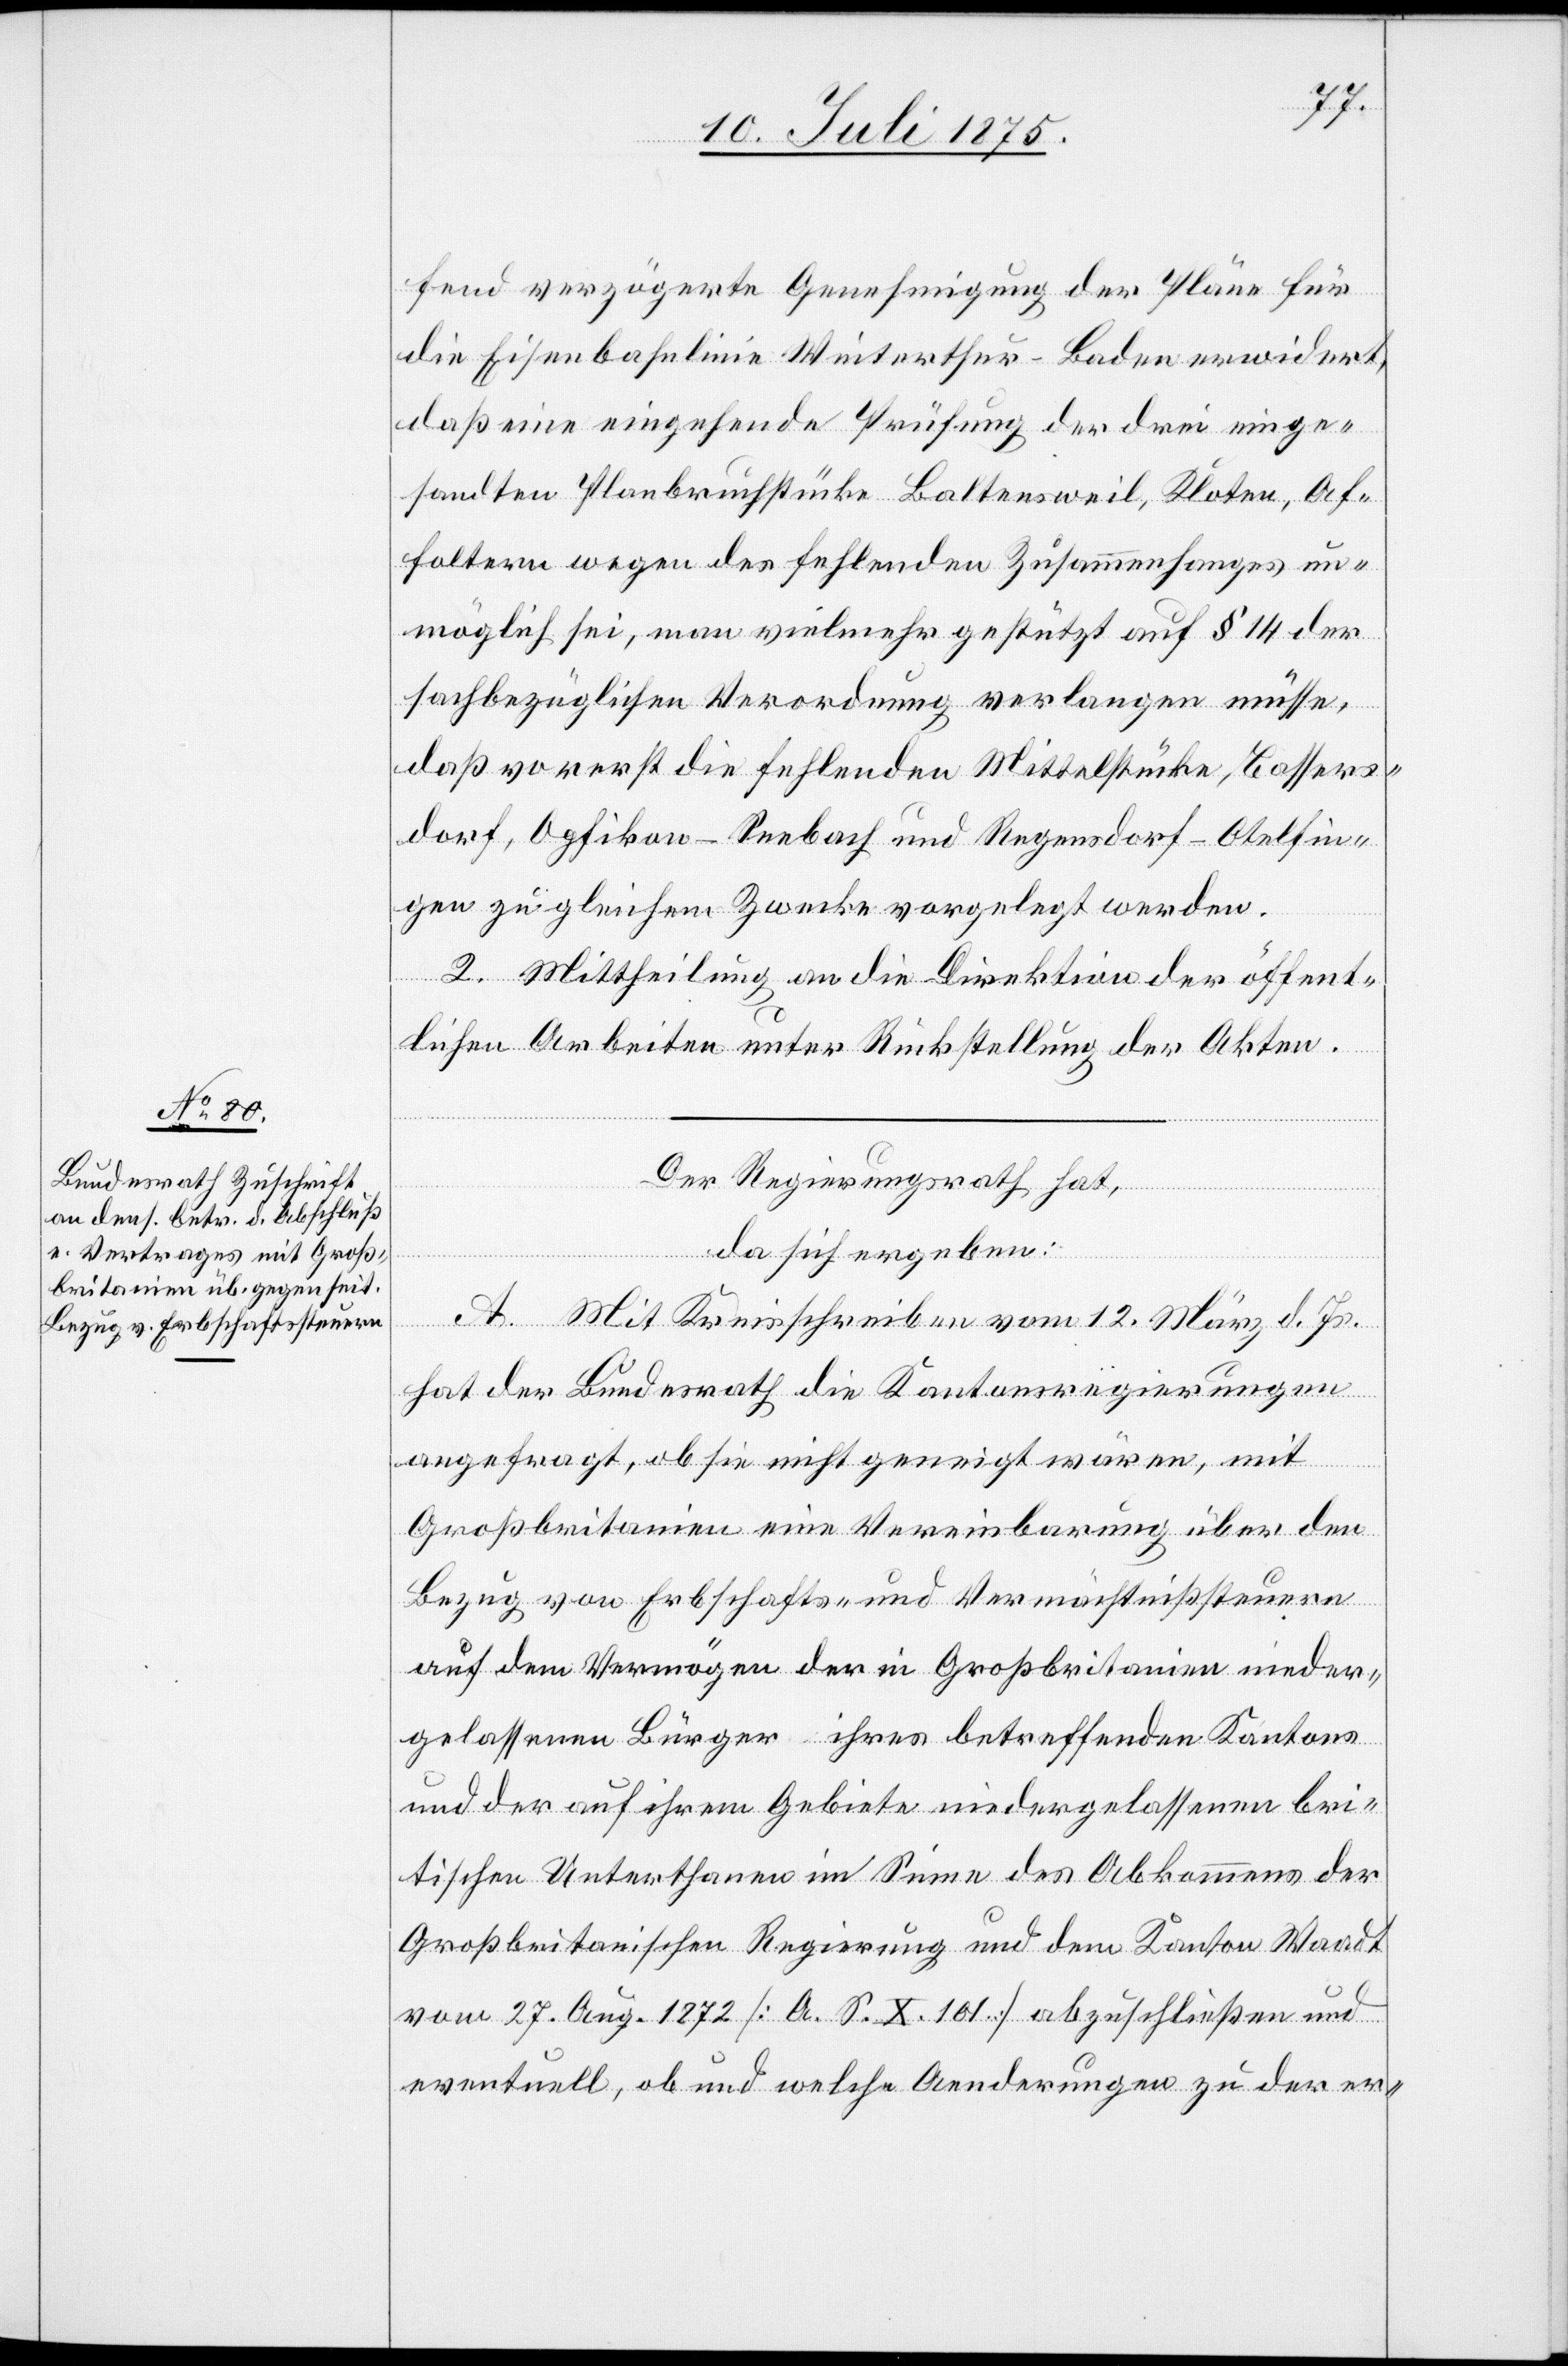
fend verzögerte Genehmigung der Pläne für
die Eisenbahnlinie Winterthur–Baden erwidert,
daß eine eingehende Prüfung der drei einge¬
sandten Planbruchstücke Baltensweil, Kloten, Af¬
foltern wegen des fehlenden Zusammenhangs un¬
möglich sei, man vielmehr gestützt auf § 14 der
sachbezüglichen Verordnung verlangen müsse,
daß vorerst die fehlenden Mittelstücke, Bassers¬
dorf, Opfikon–Seebach und Regensdorf–Otelfin¬
gen zu gleichem Zwecke vorgelegt werden.
2. Mittheilung an die Direktion der öffent¬
lichen Arbeiten unter Rückstellung der Akten.